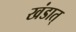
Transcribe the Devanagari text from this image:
खंडात्